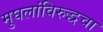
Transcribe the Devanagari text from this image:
मुघलांविरुद्धचा